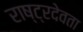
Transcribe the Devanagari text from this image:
राष्ट्रदेवता